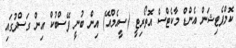
ކޮމްޕެޓިޝަން އެންޑް މާކެޓްސް އޮތޯރިޓީ (ސީއެމްއޭ) އިން ބުނީ ފޭސްބުކް އިން ގަސްދުގައި